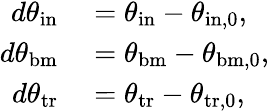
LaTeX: \begin{array}{rl}{d\theta_{\mathrm{in}}}&{{}=\theta_{\mathrm{in}}-\theta_{\mathrm{in,0}},}\\ {d\theta_{\mathrm{bm}}}&{{}=\theta_{\mathrm{bm}}-\theta_{\mathrm{bm,0}},}\\ {d\theta_{\mathrm{tr}}}&{{}=\theta_{\mathrm{tr}}-\theta_{\mathrm{tr,0}},}\end{array}